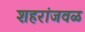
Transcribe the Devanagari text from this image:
शहरांजवळ